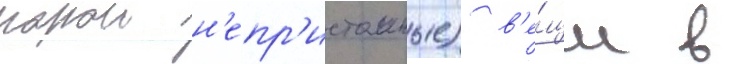
порои н'епр'истоиные) в'е́щи в